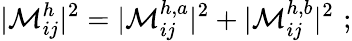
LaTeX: |{\cal M}_{ij}^{h}|^{2}=|{\cal M}_{ij}^{h,a}|^{2}+|{\cal M}_{ij}^{h,b}|^{2}\, \, ;